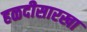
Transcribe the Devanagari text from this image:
हळदीसारखा